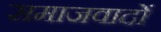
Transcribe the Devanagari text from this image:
समाजवादों